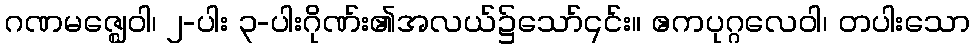
ဂဏမဇ္ဈေဝါ၊ ၂-ပါး ၃-ပါးဂိုဏ်း၏အလယ်၌သော်၎င်း။ ဧကပုဂ္ဂလေဝါ၊ တပါးသော